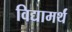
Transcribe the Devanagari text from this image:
विद्यामर्थं